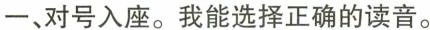
一、对号入座。我能选择正确的读音。